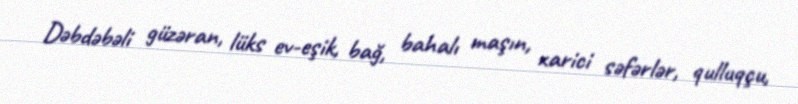
Dəbdəbəli güzəran, lüks ev-eşik, bağ, bahalı maşın, xarici səfərlər, qulluqçu,